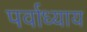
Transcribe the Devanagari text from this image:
पर्वाध्याय